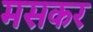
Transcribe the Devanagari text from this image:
मसकर